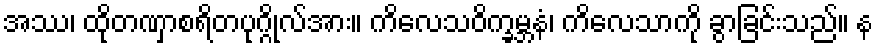
အဿ၊ ထိုတဏှာစရိတပုဂ္ဂိုလ်အား။ ကိလေသဝိက္ခမ္ဘနံ၊ ကိလေသာကို ခွာခြင်းသည်။ န